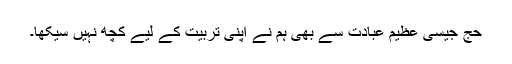
حج جیسی عظیم عبادت سے بھی ہم نے اپنی تربیت کے لیے کچھ نہیں سیکھا۔